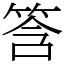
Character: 筨